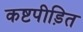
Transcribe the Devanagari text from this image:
कष्टपीड़ित